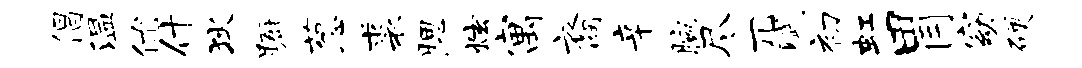
倡温优什狄蹰葱裘腮炫寓裔辛腕尽兀赋初虹胃窈硬